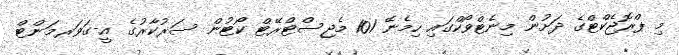
މި ޕްރޮޖެކްޓްގެ ދަށުން މިނެޓްވޯކްގައި ހިމެނޭ 101 މެޖިސްޓްރޭޓް ކޯޓުން ސަރުކާރުގެ އީ-ގަވަރމަންޓް